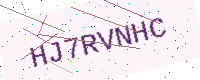
Text: HJ7RVNHC